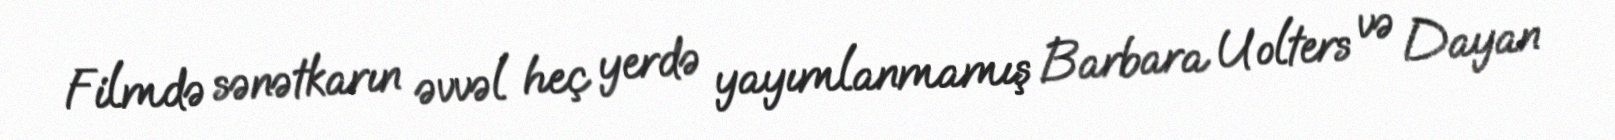
Filmdə sənətkarın əvvəl heç yerdə yayımlanmamış Barbara Uolters və Dayan